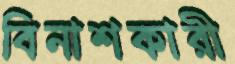
বিনাশকারী